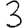
Digit: 3